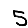
Digit: 5